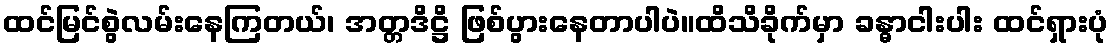
ထင်မြင်စွဲလမ်းနေကြတယ်၊ အတ္တဒိဋ္ဌိ ဖြစ်ပွားနေတာပါပဲ။ထိသိခိုက်မှာ ခန္ဓာငါးပါး ထင်ရှားပုံ